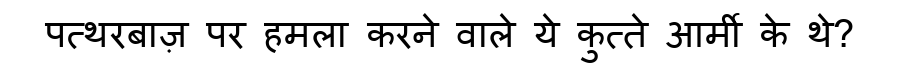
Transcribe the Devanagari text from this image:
पत्थरबाज़ पर हमला करने वाले ये कुत्ते आर्मी के थे?